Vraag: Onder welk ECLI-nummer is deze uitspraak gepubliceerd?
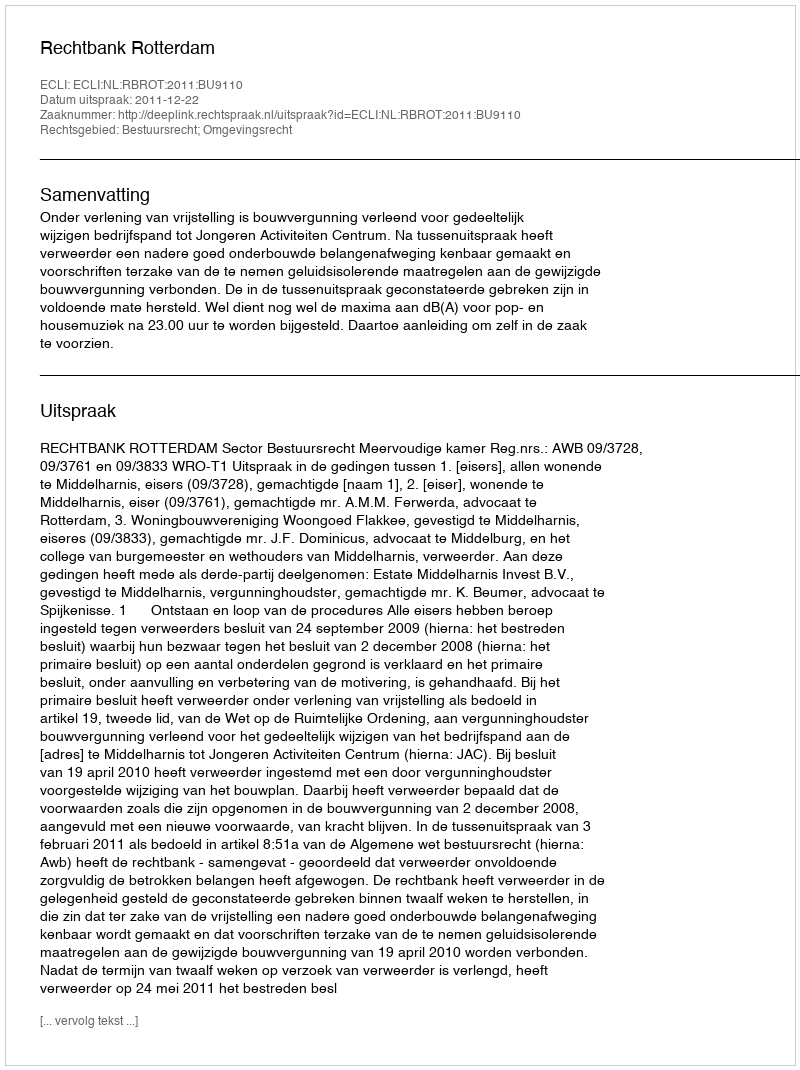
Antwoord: ECLI:NL:RBROT:2011:BU9110